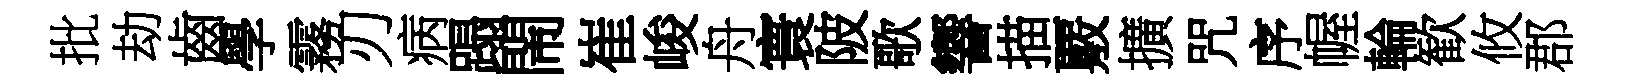
批劫齒學霧刃病蹋閙崔峻舟寰陂歌響描覈擴咒序幄輪歓攸郡